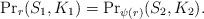
LaTeX: \begin{align*}{\Pr}_r(S_1, K_1) = {\Pr}_{\psi (r)}(S_2, K_2).\end{align*}